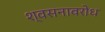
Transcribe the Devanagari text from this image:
श्वसनावरोध